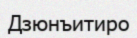
Дзюнъитиро